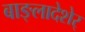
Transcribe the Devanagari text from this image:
बाङ्लादेशेर्